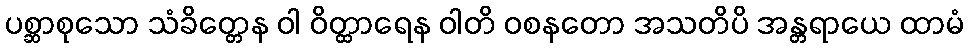
ပစ္ဆာစုသော သံခိတ္တေန ဝါ ဝိတ္ထာရေန ဝါတိ ဝစနတော အသတိပိ အန္တရာယေ ထာမံ